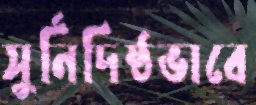
সুর্নিদিষ্ঠভাবে